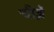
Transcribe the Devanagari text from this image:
चीजे़ं